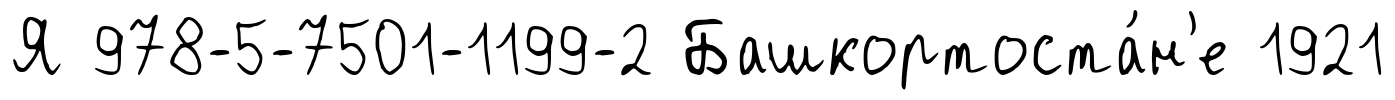
Я 978-5-7501-1199-2 Башкортоста́н'е 1921